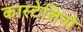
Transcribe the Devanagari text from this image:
कास्टेलिनो